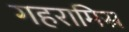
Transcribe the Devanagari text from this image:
गहरामिस्र